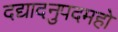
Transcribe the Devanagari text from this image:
दद्यादनुपदमहो